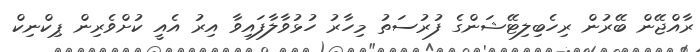
ރާއްޖޭން ބޭރުން ރިހެބިލިޓޭޝަންގެ ފުރުސަތު މިހާރު ހުޅުވާލާފައިވާ އިރު އެއީ ކުށްވެރިން ޕިކްނިކް